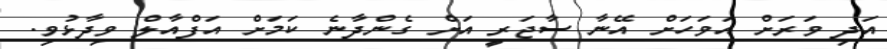
އަދި ވަރަށް އަވަހަށް އޭނާ ސާޖަރީ އަށް ގެންދާނެ ކަމަށް އަފްއާލް ވިދާޅުވި.